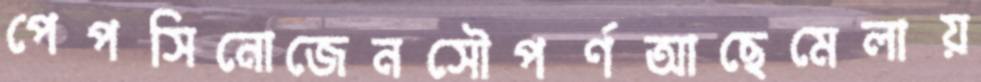
পেপসিনোজেনসৌপর্ণআছেমেলায়